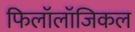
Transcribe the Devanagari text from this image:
फिलॉलॉजिकल